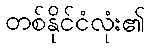
တစ်နိုင်ငံလုံး၏